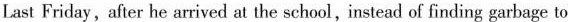
Last Friday, after he arrived at the school,instead of finding garbage to